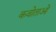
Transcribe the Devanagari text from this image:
कवोताओं